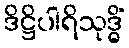
ဒိဋ္ဌိပါရိသုဒ္ဓိံ